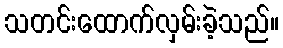
သတင်းထောက်လှမ်းခဲ့သည်။